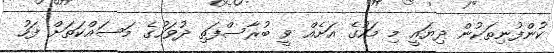
ކުންފުނިތަކުން ދިޔައީ މި މަހުގެ އަށެއް ވީ ބުރާސްފަތި ދުވަހުގެ މަސައްކަތަށް ފަހު